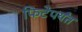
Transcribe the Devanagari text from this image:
फिटेपर्यंत